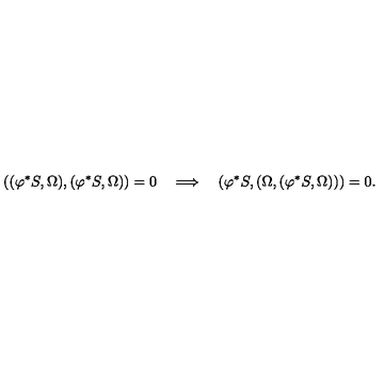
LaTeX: ( ( \varphi ^ { * } S , { \Omega } ) , ( \varphi ^ { * } S , { \Omega } ) ) = 0 \quad \Longrightarrow \quad ( \varphi ^ { * } S , ( { \Omega } , ( \varphi ^ { * } S , { \Omega } ) ) ) = 0 .